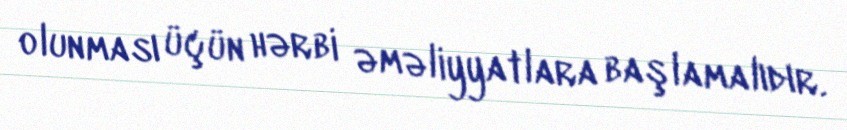
olunması üçün hərbi əməliyyatlara başlamalıdır.